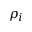
\rho _ { i }